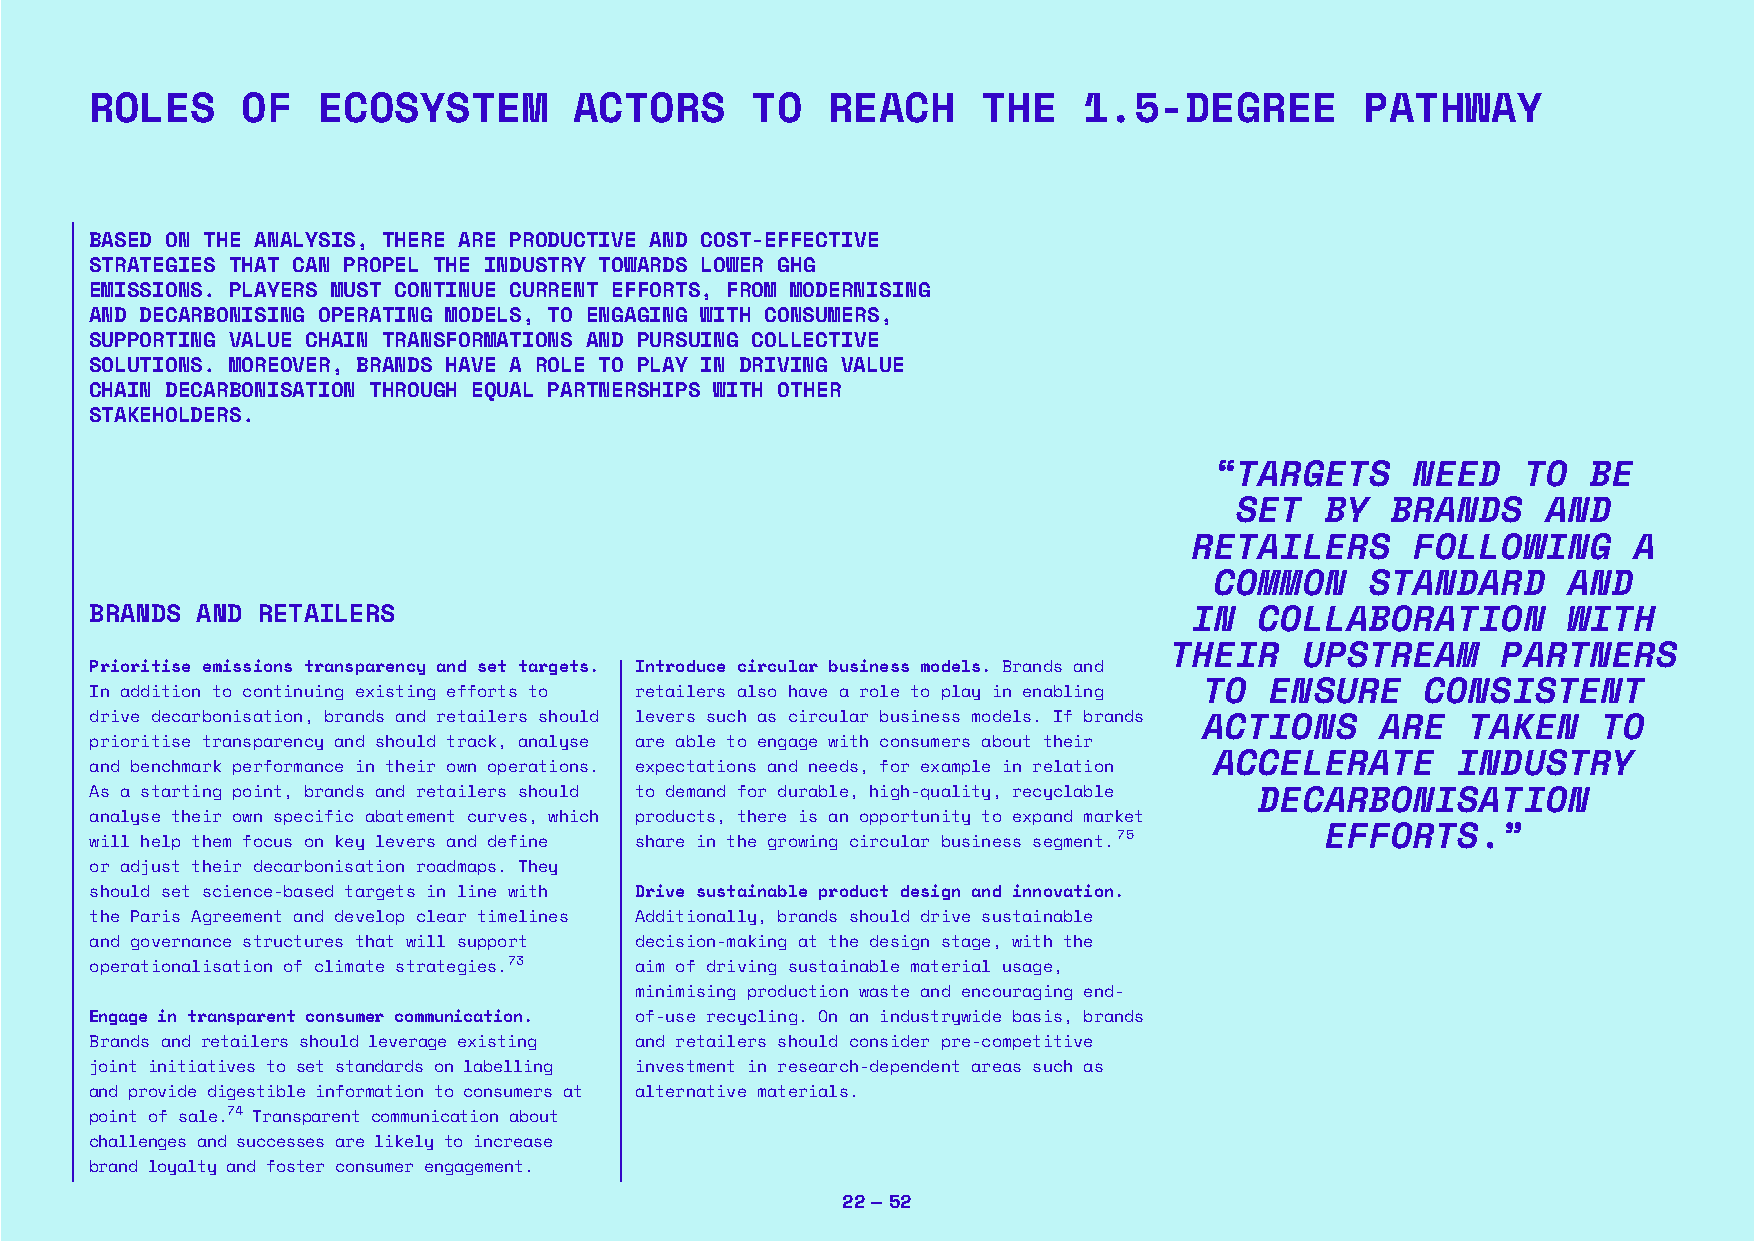
ROLES     OF   ECOSYSTEM        ACTORS      TO   REACH     THE    1.5-DEGREE        PATHWAY
 BASED ON THE ANALYSIS, THERE ARE PRODUCTIVE AND COST-EFFECTIVE
 STRATEGIES THAT CAN PROPEL THE INDUSTRY TOWARDS LOWER GHG
 EMISSIONS. PLAYERS MUST CONTINUE CURRENT EFFORTS, FROM MODERNISING
 AND DECARBONISING OPERATING MODELS, TO ENGAGING WITH CONSUMERS,
 SUPPORTING VALUE CHAIN TRANSFORMATIONS AND PURSUING COLLECTIVE
 SOLUTIONS. MOREOVER, BRANDS HAVE A ROLE TO PLAY IN DRIVING VALUE
 CHAIN DECARBONISATION THROUGH EQUAL PARTNERSHIPS WITH OTHER
 STAKEHOLDERS.
 “TARGETS      NEED   TO  BE
 SET   BY  BRANDS    AND
 RETAILERS      FOLLOWING     A
 COMMON     STANDARD     AND
 BRANDS AND RETAILERS                                                     IN  COLLABORATION        WITH
 THEIR    UPSTREAM     PARTNERS
 Prioritise emissions transparency and set targets. Introduce circular business models. Brands and
 In addition to continuing existing efforts to retailers also have a role to play in enabling TO ENSURE CONSISTENT
 drive decarbonisation, brands and retailers should levers such as circular business models. If brands ACTIONS ARE TAKEN TO
 prioritise transparency and should track, analyse are able to engage with consumers about their
 ACCELERATE      INDUSTRY
 and benchmark performance in their own operations. expectations and needs, for example in relation
 As a starting point, brands and retailers should to demand for durable, high-quality, recyclable DECARBONISATION
 analyse their own specific abatement curves, which products, there is an opportunity to expand market
 will help them focus on key levers and define share in the growing circular business segment. 75 EFFORTS.”
 or adjust their decarbonisation roadmaps. They
 should set science-based targets in line with Drive sustainable product design and innovation.
 the Paris Agreement and develop clear timelines Additionally, brands should drive sustainable
 and governance structures that will support decision-making at the design stage, with the
 operationalisation of climate strategies.73 aim of driving sustainable material usage,
 minimising production waste and encouraging end-
 Engage in transparent consumer communication. of-use recycling. On an industrywide basis, brands
 Brands and retailers should leverage existing and retailers should consider pre-competitive
 joint initiatives to set standards on labelling investment in research-dependent areas such as
 and provide digestible information to consumers at alternative materials.
 point of sale.74 Transparent communication about
 challenges and successes are likely to increase
 brand loyalty and foster consumer engagement.
 22 — 52